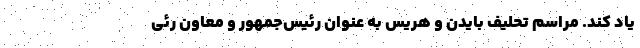
یاد کند. مراسم تحلیف بایدن و هریس به عنوان رئیس‌جمهور و معاون رئی